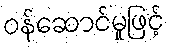
ဝန်ဆောင်မှုဖြင့်